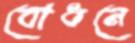
বোধনে